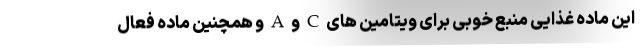
این ماده غذایی منبع خوبی برای ویتامین های C و A و همچنین ماده فعال